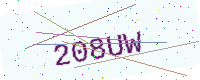
Text: 208UW